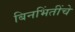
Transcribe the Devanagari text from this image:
बिनभिंतींचे